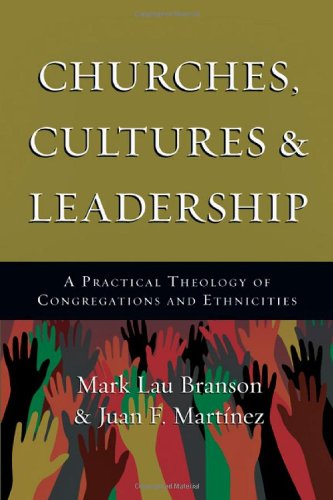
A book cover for Churches, Cultures and Leadership: A Practical Theology of Congregations and Ethnicities; Mark Branson; Christian Books & Bibles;